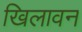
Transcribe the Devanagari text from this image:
खिलावन